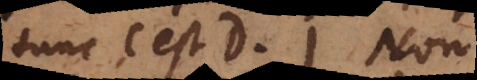
tunc C est D. Non